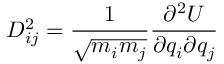
D _ { i j } ^ { 2 } = \frac { 1 } { \sqrt { m _ { i } m _ { j } } } \frac { \partial ^ { 2 } U } { \partial q _ { i } \partial q _ { j } }